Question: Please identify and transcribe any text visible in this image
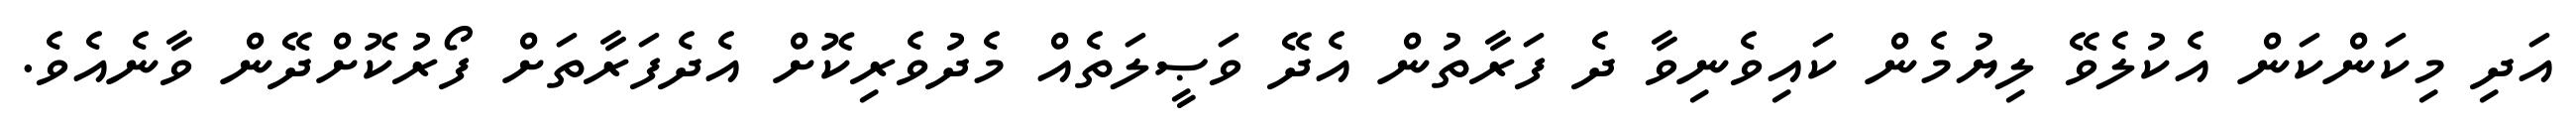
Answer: އަދި މިކަންކަން އެކުލެވޭ ލިޔުމެން ކައިވެނިވާ ދެ ފަރާތުން އެދޭ ވަޞީލަތެއް މެދުވެރިކޮށް އެދެފަރާތަށް ފޯރުކޮށްދޭން ވާނެއެވެ.